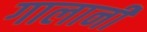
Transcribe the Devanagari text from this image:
गालानी